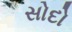
સોદો